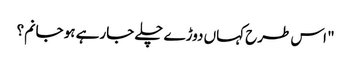
" اس طرح کہاں دوڑے چلے جارہے ہو جانم؟